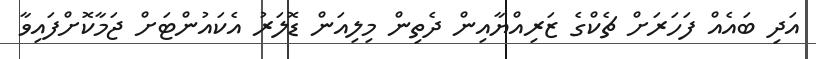
އަދި ބައެއް ފަހަރަށް ޗެކްގެ ޒަރިއްޔާއިން ދެތިން މިލިއަން ޑޮލަރު އެކައުންޓަށް ޖަމާކޮށްފައިވާ